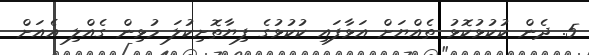
5. ދެން ކުކުޅުކޮޅު ތެއްޔަށް އަޅާފައި ކުކުޅުގެ ފިޔާތޮށިކުލަ މުޅިން ގެއްލި އެއަށް